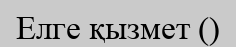
Елге қызмет ()